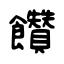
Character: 饡